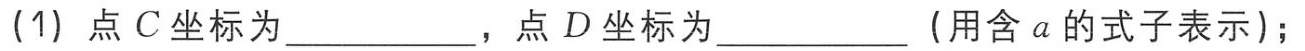
(1) 点\(C\)坐标为  ，点\(D\)坐标为  (用含\(a\)的式子表示)；